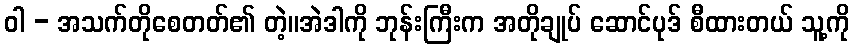
ဝါ - အသက်တိုစေတတ်၏ တဲ့။အဲဒါကို ဘုန်းကြီးက အတိုချုပ် ဆောင်ပုဒ် စီထားတယ် သူ့ကို